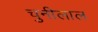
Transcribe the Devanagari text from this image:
चुनीलाल